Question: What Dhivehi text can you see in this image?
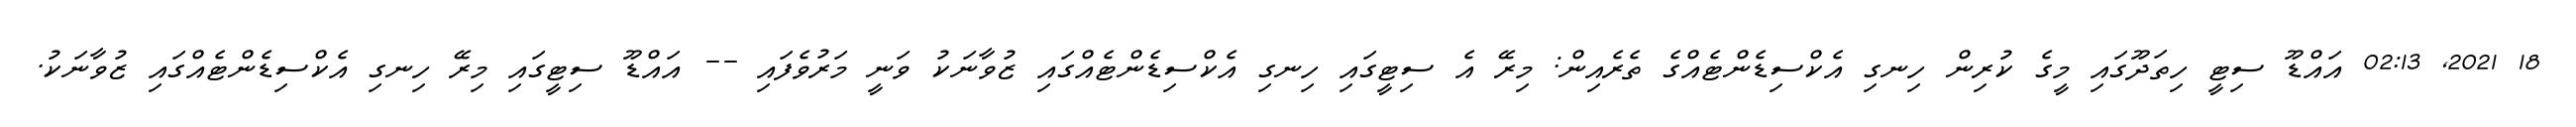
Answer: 18 2021, 02:13 އައްޑޫ ސިޓީ ހިތަދޫގައި މީގެ ކުރިން ހިނގި އެކްސިޑެންޓެއްގެ ތެރެއިން: މިރޭ އެ ސިޓީގައި ހިނގި އެކްސިޑެންޓެއްގައި ޒުވާނަކު ވަނީ މަރުވެފައި -- އައްޑޫ ސިޓީގައި މިރޭ ހިނގި އެކްސިޑެންޓެއްގައި ޒުވާނަކު.